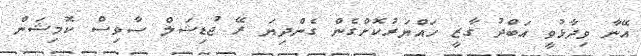
އޭނާ ވިދާޅުވީ އަބްދު ގާޒީ ހައްޔަރުކޮށްގެން ގެންދިޔަ ރޭ ޖުޑިޝަލް ސާވިސް ކޮމިޝަން